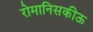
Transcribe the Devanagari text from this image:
रोमानिसकीऊ